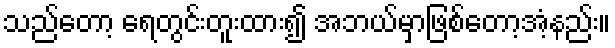
သည်တော့ ရေတွင်းတူးထား၍ အဘယ်မှာဖြစ်တော့အံ့နည်း။